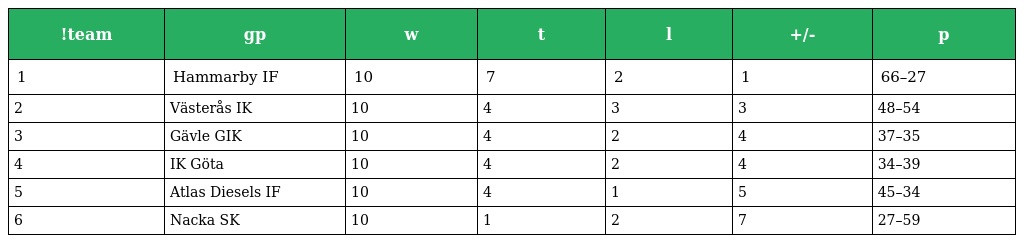
| !team | gp | w | t | l | +/- | p |
 | --- | --- | --- | --- | --- | --- | --- |
 | 1 | Hammarby IF | 10 | 7 | 2 | 1 | 66–27 |
 | 2 | Västerås IK | 10 | 4 | 3 | 3 | 48–54 |
 | 3 | Gävle GIK | 10 | 4 | 2 | 4 | 37–35 |
 | 4 | IK Göta | 10 | 4 | 2 | 4 | 34–39 |
 | 5 | Atlas Diesels IF | 10 | 4 | 1 | 5 | 45–34 |
 | 6 | Nacka SK | 10 | 1 | 2 | 7 | 27–59 |